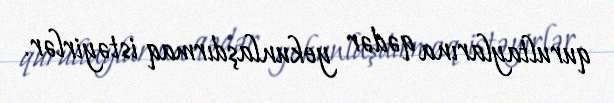
qurultaylarına qədər yekunlaşdırmaq istəyirlər.